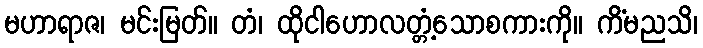
မဟာရာဇ၊ မင်းမြတ်။ တံ၊ ထိုငါဟောလတ္တံ့သောစကားကို။ ကိံမညသိ၊